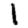
Digit: 1